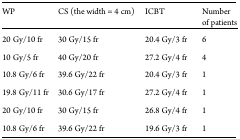
| WP | CS (the width = 4 cm) | ICBT | Number of patients |
 | --- | --- | --- | --- |
 | 20 Gy/10 fr | 30 Gy/15 fr | 20.4 Gy/3 fr | 6 |
 | 10 Gy/5 fr | 40 Gy/20 fr | 27.2 Gy/4 fr | 4 |
 | 10.8 Gy/6 fr | 39.6 Gy/22 fr | 20.4 Gy/3 fr | 1 |
 | 19.8 Gy/11 fr | 30.6 Gy/17 fr | 27.2 Gy/4 fr | 1 |
 | 20 Gy/10 fr | 30 Gy/15 fr | 26.8 Gy/4 fr | 1 |
 | 10.8 Gy/6 fr | 39.6 Gy/22 fr | 19.6 Gy/3 fr | 1 |